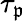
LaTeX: \tau_{\mathfrak{p}}